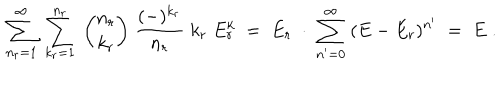
\ \sum _ { n _ { r } = 1 } ^ { \infty } \; \sum _ { k _ { r } = 1 } ^ { n _ { r } } \; { \binom { n _ { r } } { k _ { r } } } \; \frac { ( - ) ^ { k _ { r } } } { n _ { r } } \; k _ { r } \; E _ { r } ^ { k } \; = \; E _ { r } \; \cdot \; \sum _ { n ^ { \prime } = 0 } ^ { \infty } \; ( E - E _ { r } ) ^ { n ^ { \prime } } \; = \; E \; .